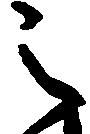
之